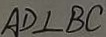
A D \bot B C